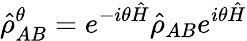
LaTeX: \hat{\rho}_{AB}^{\theta}=e^{-i\theta\hat{H}}\hat{\rho}_{AB}e^{i\theta\hat{H}}